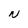
Character: N